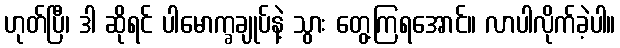
ဟုတ်ပြီ၊ ဒါ ဆိုရင် ပါမောက္ခချုပ်နဲ့ သွား တွေ့ကြရအောင်။ လာပါလိုက်ခဲ့ပါ။